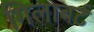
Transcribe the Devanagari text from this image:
गिलाबर्ट